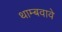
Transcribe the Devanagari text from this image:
थाम्बवावे